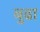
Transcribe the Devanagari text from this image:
बुढा